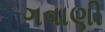
ગવાણી